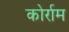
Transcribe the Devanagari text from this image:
कोर्राम